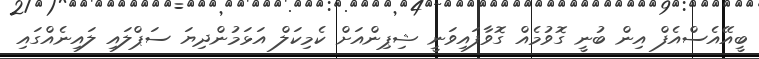
ބީއޭއެސްއެފް އިން ބުނީ ގޮވުމެއް ގޮވާފައިވަނީ ޝިޕިންއަށް ކެމިކަލް އަޅަމުންދިޔަ ސަޕްލައި ލައިނެއްގައި